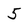
Character: 5